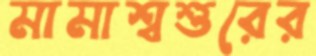
মামাশ্বশুরের